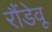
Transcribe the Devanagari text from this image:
रौंडेवू